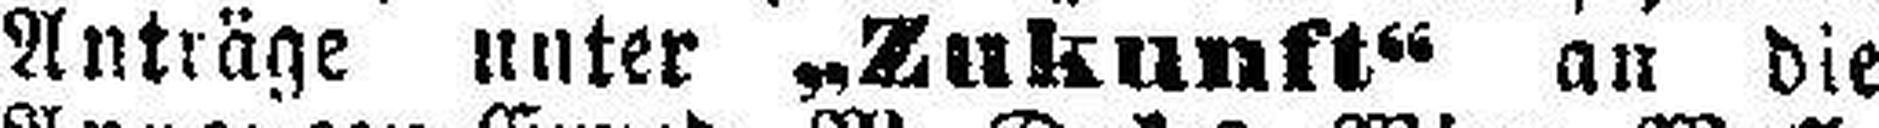
Anträge unter „Zukunft“ an die